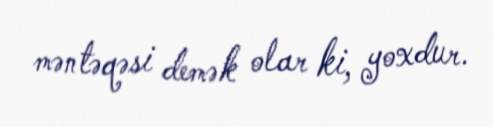
məntəqəsi demək olar ki, yoxdur.